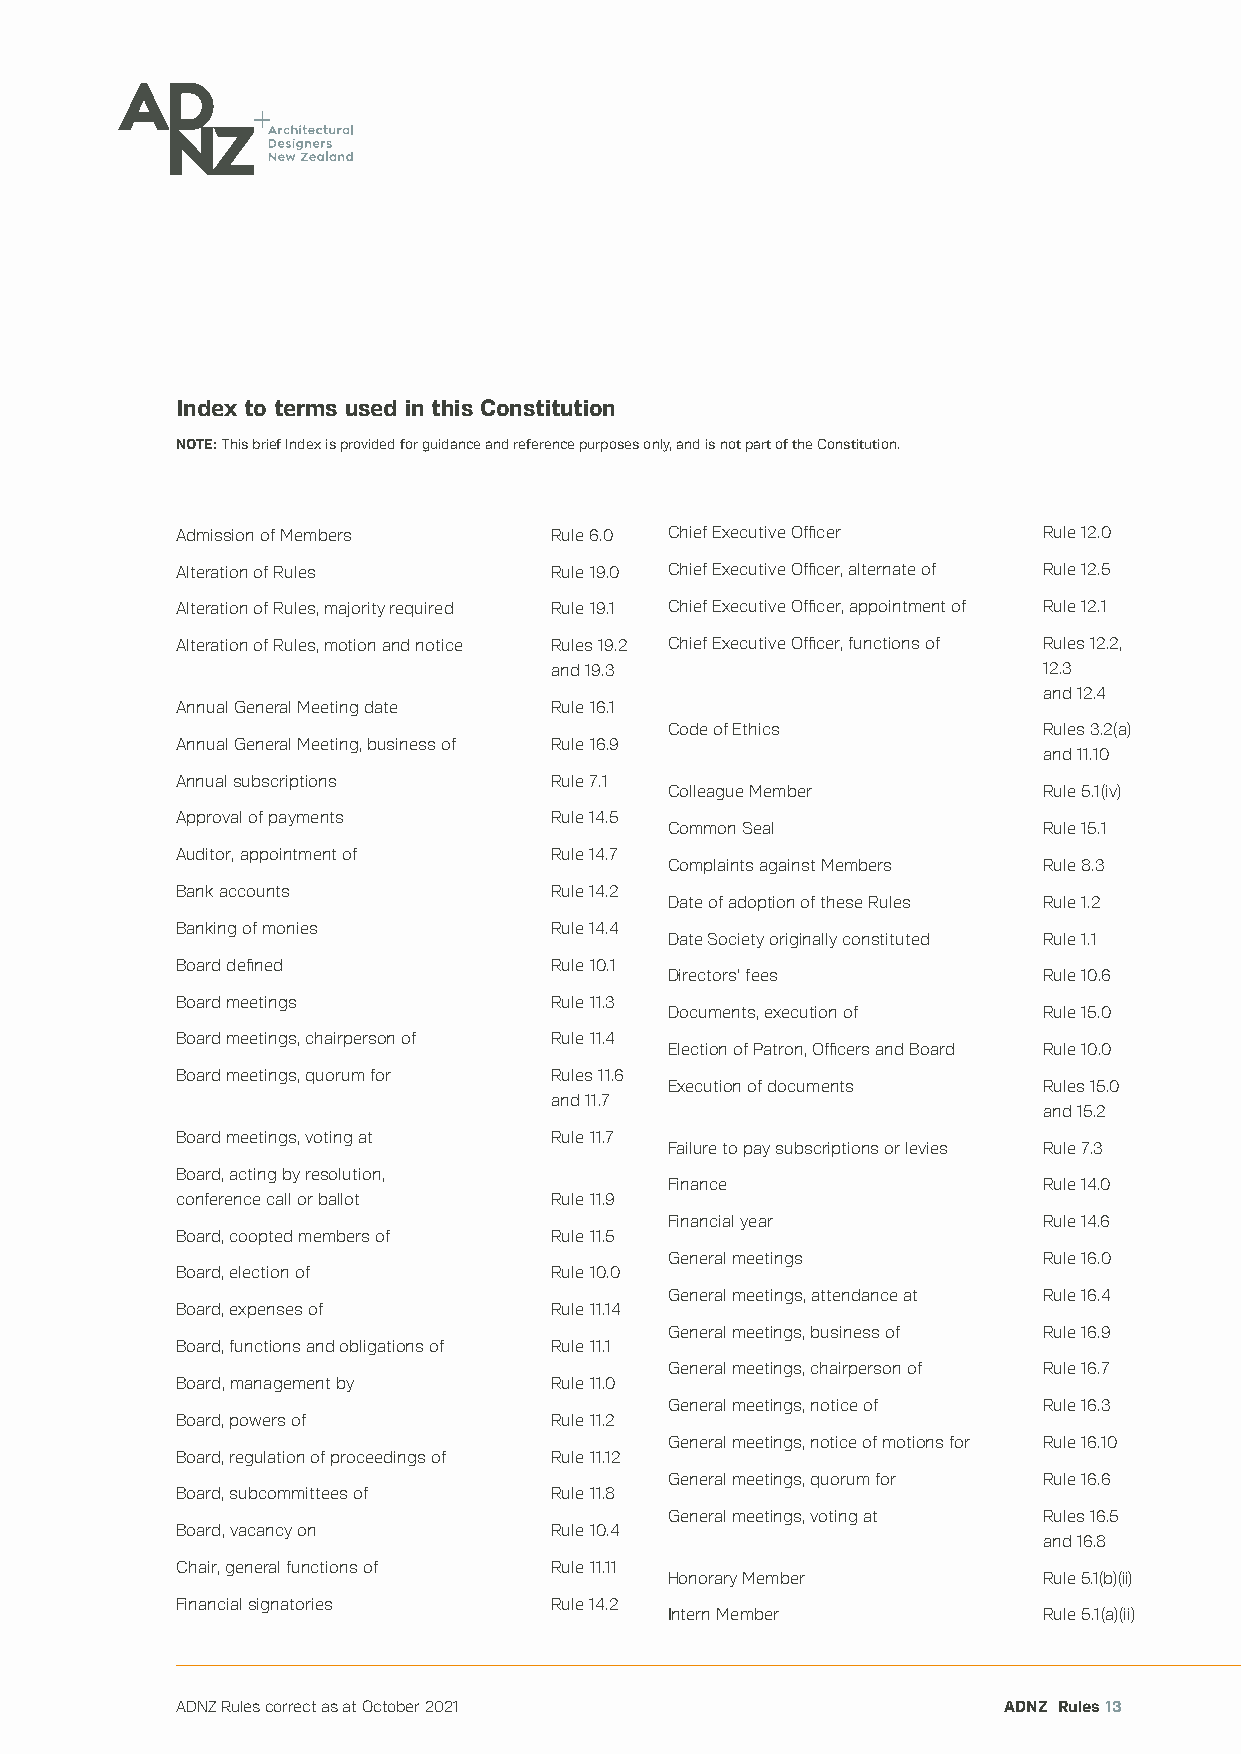
Index to terms used in this Constitution
 NOTE: This brief Index is provided for guidance and reference purposes only, and is not part of the Constitution.
 Admission of Members    Rule 6.0 Chief Executive Officer Rule 12.0
 Alteration of Rules     Rule 19.0 Chief Executive Officer, alternate of Rule 12.5
 Alteration of Rules, majority required Rule 19.1 Chief Executive Officer, appointment of Rule 12.1
 Alteration of Rules, motion and notice Rules 19.2 Chief Executive Officer, functions of Rules 12.2,
 and 19.3                         12.3
 and 12.4
 Annual General Meeting date Rule 16.1
 Code of Ethics           Rules 3.2( a)
 Annual General Meeting, business of Rule 16.9
 and 11.10
 Annual subscriptions    Rule 7.1
 Colleague Member         Rule 5.1(iv)
 Approval of payments    Rule 14.5
 Common Seal              Rule 15.1
 Auditor, appointment of Rule 14.7
 Complaints against Members Rule 8.3
 Bank accounts           Rule 14.2
 Date of adoption of these Rules Rule 1.2
 Banking of monies       Rule 14.4
 Date Society originally constituted Rule 1.1
 Board defined           Rule 10.1
 Directors’ fees          Rule 10.6
 Board meetings          Rule 11.3
 Documents, execution of  Rule 15.0
 Board meetings, chairperson of Rule 11.4
 Election of Patron, Officers and Board Rule 10.0
 Board meetings, quorum for Rules 11.6
 Execution of documents   Rules 15.0
 and 11.7
 and 15.2
 Board meetings, voting at Rule 11.7
 Failure to pay subscriptions or levies Rule 7.3
 Board, acting by resolution,
 Finance                  Rule 14.0
 conference call or ballot Rule 11.9
 Financial year           Rule 14.6
 Board, coopted members of Rule 11.5
 General meetings         Rule 16.0
 Board, election of      Rule 10.0
 General meetings, attendance at Rule 16.4
 Board, expenses of      Rule 11.14
 General meetings, business of Rule 16.9
 Board, functions and obligations of Rule 11.1
 General meetings, chairperson of Rule 16.7
 Board, management by    Rule 11.0
 General meetings, notice of Rule 16.3
 Board, powers of        Rule 11.2
 General meetings, notice of motions for Rule 16.10
 Board, regulation of proceedings of Rule 11.12
 General meetings, quorum for Rule 16.6
 Board, subcommittees of Rule 11.8
 General meetings, voting at Rules 16.5
 Board, vacancy on       Rule 10.4
 and 16.8
 Chair, general functions of Rule 11.11
 Honorary Member          Rule 5.1(b)(ii)
 Financial signatories   Rule 14.2
 Intern Member            Rule 5.1(a)(ii)
 ADNZ Rules correct as at October 2021                 ADNZ Rules 13